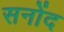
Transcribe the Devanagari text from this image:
सनोंद